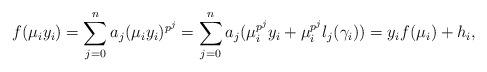
LaTeX: \begin{align*}f(\mu_iy_i)=\sum_{j=0}^n a_j(\mu_i y_i)^{p^j}=\sum_{j=0}^n a_j(\mu_i^{p^j}y_i+\mu_i^{p^j} l_j(\gamma_i))=y_i f(\mu_i)+h_i,\end{align*}